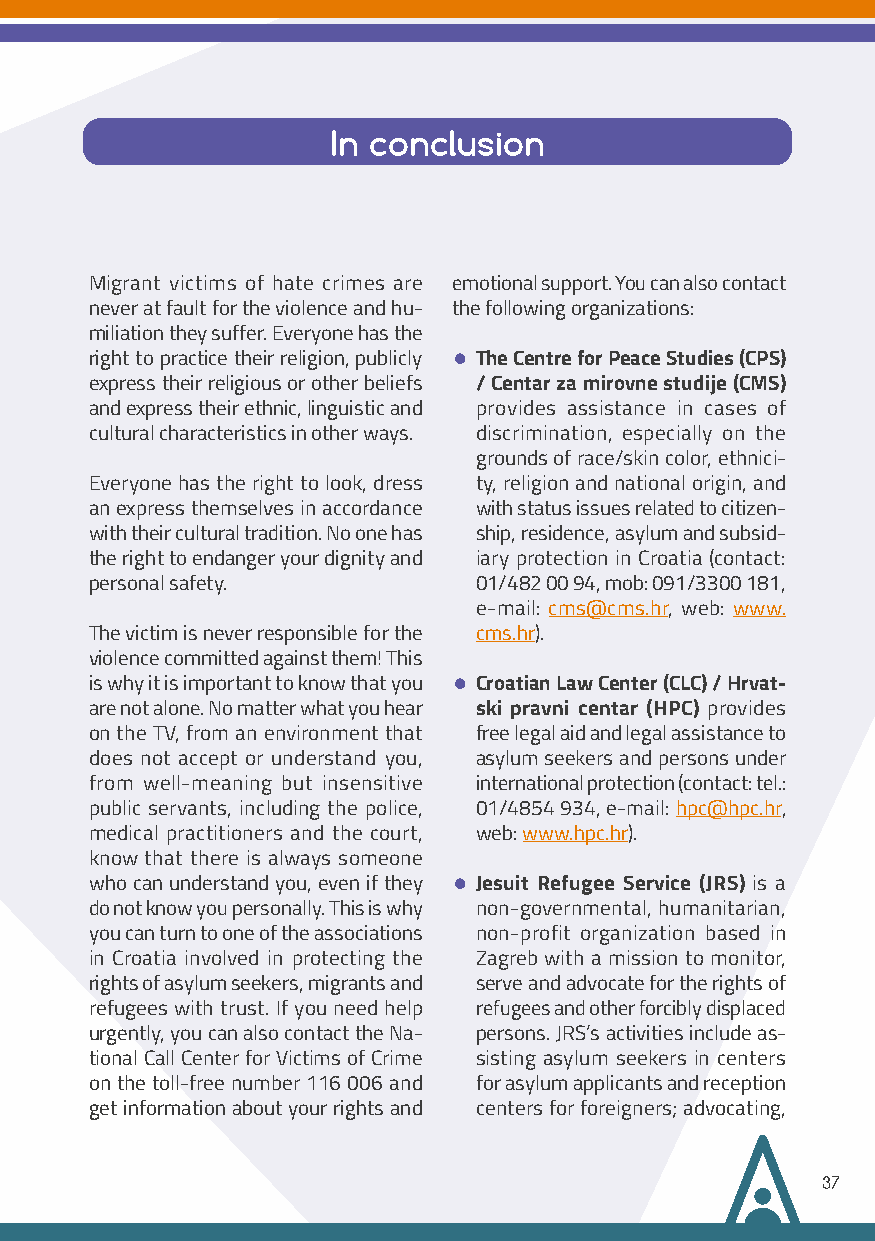
In conclusion
 Migrant victims of hate crimes are emotional support. You can also contact
 never at fault for the violence and hu- the following organizations:
 miliation they suffer. Everyone has the
 •
 right to practice their religion, publicly The Centre for Peace Studies (CPS)
 express their religious or other beliefs / Centar za mirovne studije (CMS)
 and express their ethnic, linguistic and provides assistance in cases of
 cultural characteristics in other ways. discrimination, especially on the
 grounds of race/skin color, ethnici-
 Everyone has the right to look, dress ty, religion and national origin, and
 an express themselves in accordance with status issues related to citizen-
 with their cultural tradition. No one has ship, residence, asylum and subsid-
 the right to endanger your dignity and iary protection in Croatia (contact:
 personal safety.         01/482 00 94, mob: 091/3300 181,
 e-mail: cms@cms.hr, web: www.
 The victim is never responsible for the cms.hr).
 violence committed against them! This
 •
 is why it is important to know that you Croatian Law Center (CLC) / Hrvat-
 are not alone. No matter what you hear ski pravni centar (HPC) provides
 on the TV, from an environment that free legal aid and legal assistance to
 does not accept or understand you, asylum seekers and persons under
 from well-meaning but insensitive international protection (contact: tel.:
 public servants, including the police, 01/4854 934, e-mail: hpc@hpc.hr,
 medical practitioners and the court, web: www.hpc.hr).
 know that there is always someone
 •
 who can understand you, even if they Jesuit Refugee Service (JRS) is a
 do not know you personally. This is why non-governmental, humanitarian,
 you can turn to one of the associations non-profit organization based in
 in Croatia involved in protecting the Zagreb with a mission to monitor,
 rights of asylum seekers, migrants and serve and advocate for the rights of
 refugees with trust. If you need help refugees and other forcibly displaced
 urgently, you can also contact the Na- persons. JRS’s activities include as-
 tional Call Center for Victims of Crime sisting asylum seekers in centers
 on the toll-free number 116 006 and for asylum applicants and reception
 get information about your rights and centers for foreigners; advocating,
 37